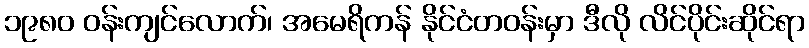
၁၉၈၀ ဝန်းကျင်လောက်၊ အမေရိကန် နိုင်ငံတဝန်းမှာ ဒီလို လိင်ပိုင်းဆိုင်ရာ